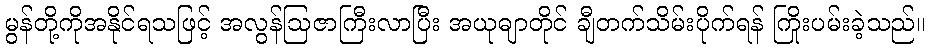
မွန်တို့ကိုအနိုင်ရသဖြင့် အလွန်ဩဇာကြီးလာပြီး အယုဓျာတိုင် ချီတက်သိမ်းပိုက်ရန် ကြိုးပမ်းခဲ့သည်။